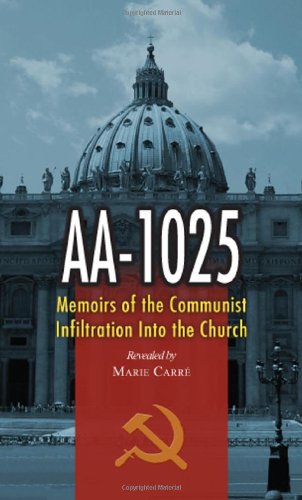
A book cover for Aa-1025: The Memoirs of a Communist's infiltration in to the Church.; Marie Carre; Christian Books & Bibles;